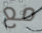
مع